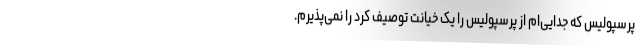
پرسپولیس که جدایی‌ام از پرسپولیس را یک خیانت توصیف کرد را نمی‌پذیرم.